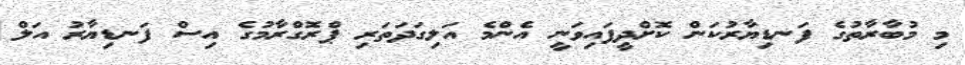
މި މުބާރާތުގެ ފަނޑިޔާރުކަން ކޮށްދީފައިވަނީ އެންމެ އަލިގަދަތަރި ޕްރޮގްރާމުގެ އިސް ފަނޑިޔާރު އަލް